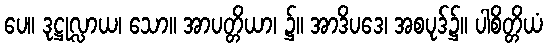
ပေ။ ဒုဋ္ဌုလ္လာယ၊ သော။ အာပတ္တိယာ၊ ၌။ အာဒိပဒေ၊ အစပုဒ်၌။ ပါစိတ္တိယံ